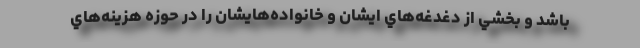
باشد و بخشي از دغدغه‌هاي ايشان و خانواده‌هايشان را در حوزه هزينه‌هاي